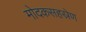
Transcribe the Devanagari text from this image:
मोदकसहस्रेण